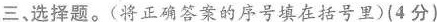
三、选择题。(将正确答案的序号填在括号里)(4分)